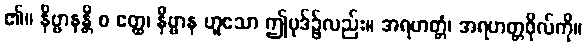
၏။ နိဗ္ဗာနန္တိ စ ဧတ္ထ၊ နိဗ္ဗာန ဟူသော ဤပုဒ်၌လည်း။ အရဟတ္တံ၊ အရဟတ္တဖိုလ်ကို။